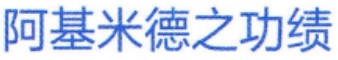
阿基米德之功绩